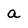
Character: a